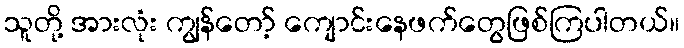
သူတို့ အားလုံး ကျွန်တော့် ကျောင်းနေဖက်တွေဖြစ်ကြပါတယ်။